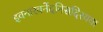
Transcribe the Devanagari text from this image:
इवनारवनेंदनिसदिरयया